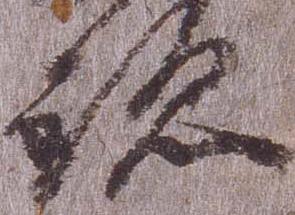
跡